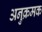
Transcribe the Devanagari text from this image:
अनुक्रमक